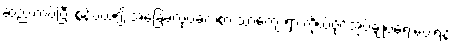
ဆည်းကပ်ပြီး စွန့်ပယ်၍ အခြေခံလုပ်ခလစာ သာကျေးရွာ ကိုယ်ပိုင်အုပ်ချုပ်ရေးပေးရန်